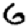
Digit: 6